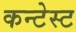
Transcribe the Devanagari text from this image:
कन्टेस्ट